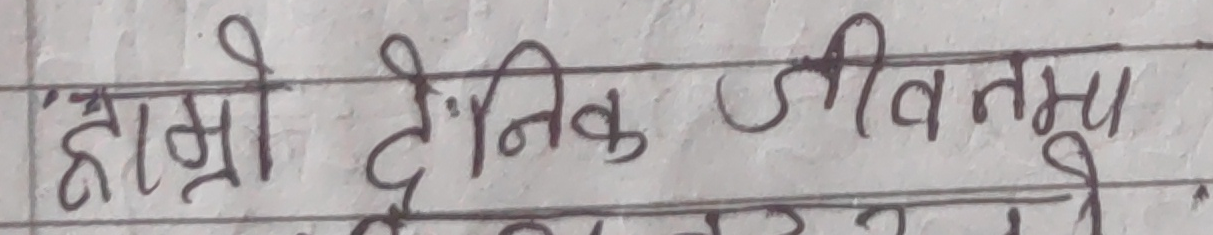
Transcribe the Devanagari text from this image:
हाम्रो दैनिक जीवनमा